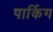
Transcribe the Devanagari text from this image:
पार्किग